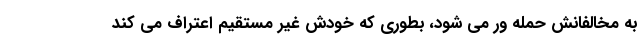
به مخالفانش حمله ور می شود، بطوری که خودش غیر مستقیم اعتراف می کند